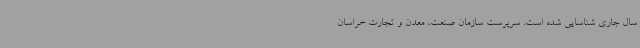
سال جاری شناسایی شده است. سرپرست سازمان صنعت، معدن و تجارت خراسان